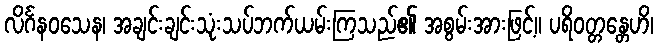
လိင်္ဂနဝသေန၊ အချင်းချင်းသုံးသပ်ဘက်ယမ်းကြသည်၏ အစွမ်းအားဖြင့်။ ပရိဝတ္တန္တေဟိ၊